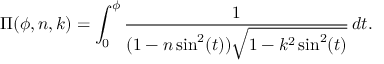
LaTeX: \Pi ( \phi , n , k ) = \int _ { 0 } ^ { \phi } { \frac { 1 } { ( 1 - n \sin ^ { 2 } ( t ) ) { \sqrt { 1 - k ^ { 2 } \sin ^ { 2 } ( t ) } } } } \, d t .